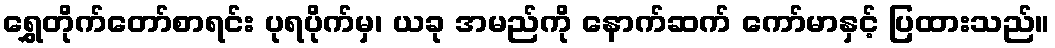
ရွှေတိုက်တော်စာရင်း ပုရပိုက်မှ၊ ယခု အမည်ကို နောက်ဆက် ကော်မာနှင့် ပြထားသည်။